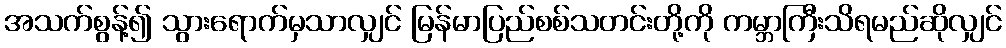
အသက်စွန့်၍ သွားရောက်မှသာလျှင် မြန်မာပြည်စစ်သတင်းတို့ကို ကမ္ဘာကြီးသိရမည်ဆိုလျှင်